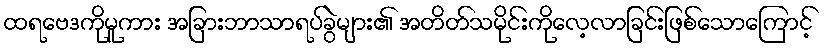
ထရဗေဒကိုမူကား အခြားဘာသာရပ်ခွဲများ၏ အတိတ်သမိုင်းကိုလေ့လာခြင်းဖြစ်သောကြောင့်